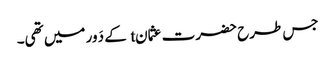
جس طرح حضرت عثمانt کے دَور میں تھی۔